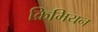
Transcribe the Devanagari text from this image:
क्रिमियन